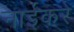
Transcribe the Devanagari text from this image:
नाईकरे